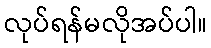
လုပ်ရန်မလိုအပ်ပါ။